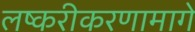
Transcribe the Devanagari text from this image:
लष्करीकरणामागे